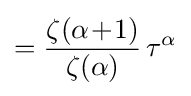
={\frac {\zeta (\alpha \!+\!1)}{\zeta (\alpha )}}\,\tau ^{\alpha }